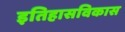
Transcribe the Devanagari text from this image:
इतिहासविकास